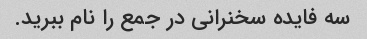
سه فایده سخنرانی در جمع را نام ببرید.